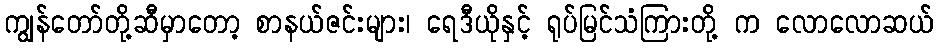
ကျွန်တော်တို့ဆီမှာတော့ စာနယ်ဇင်းများ၊ ရေဒီယိုနှင့် ရုပ်မြင်သံကြားတို့ က လောလောဆယ်